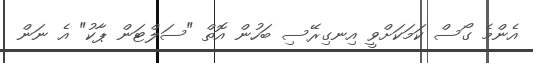
އެންމެ ގޯސް ކަމަކަށްވީ އިނގިރޭސި ބަހުން އޮތް "ސަލްޓަން ޕާކު" އެ ނަން